Annual report of the Prince of Wales Medical College, Patna
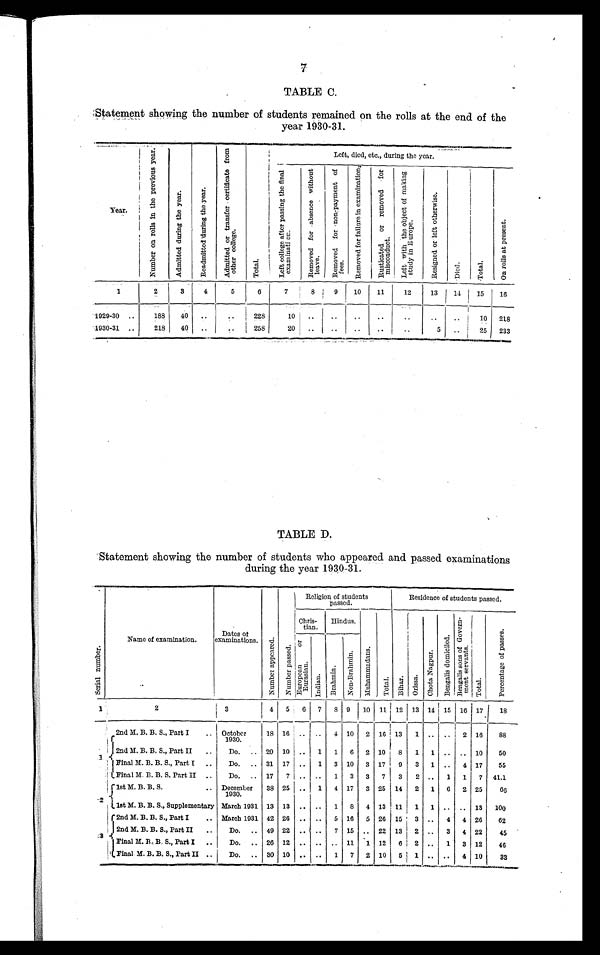
7
TABLE C.
Statement showing the number of students remained on the rolls at the end of the
year 1930-31.
Year.
N u m b e r o n r o l l s i n t h e p r e v i o u s y e a r .
A d m i t t e d d u r i n g t h e y e a r .
R e a d m i t t e d d u r i n g t h e y e a r .
A d m i t t e d o r t r a n s f e r c e r t i f i c a t e f r o m o t h e r c o l l e g e .
T o t a l .
Left, died, etc., during the year.
L e f t c o l l e g e a f t e r p a s s i n g t h e f i n a l e x a m i n a t i o n .
R e m o v e d f o r a b s e n c e w i t h o u t l e a v e .
R e m o v e d f o r n o n - p a y m e n t o f f e e s .
R e m o v e d f o r f a i l u r e i n e x a m i n a t i o n .
R u s t i c a t e d o r r e m o v e d f o r m i s c o n d u c t .
L e f t w i t h t h e o b j e c t o f m a k i n g s t u d y i n E u r o p e .
R e s i g n e d o r l e f t o t h e r w i s e .
D i e d .
T o t a l .
O n r o l l s a t p r e s e n t .
1
2
3
4
5
6
7
8
9
10
11
12
13
14
15
16
1929-30..
188
40 ..
. .
228
1 0
..
..
..
..
..
..
..
1 0
218
1930-31..
218
40 ..
..
258
20
.. ..
..
..
. .
5
..
25 233
TABLE D.
Statement showing the number of students who appeared and passed examinations
during the year 1930-31.
S e r i a l n u m b e r .
Name of examination.
Dates of
examinations.
N u m b e r a p p e a r e d . N u m b e r p a s s e d .
Religion of students
passed.
Residence of students passed.
Chris-
tian.
Hindus.
M u h a m m a d a n s .
T o t a l . B i h a r .
O r i s s a . C h o t a N a g p u r . B e n g a l i s d o m i c i l e d .
B e n g a l i s s o n s o f G o v e r n m e n t s e r v a n t s . T o t a l .
P e r c e n t a g e o f p a s s e s .
E u r o p e a n o r E u r a s i a n .
I n d i a n .
B r a h m i n . N o n - B r a h m i n .
1
2
3
4 5 6 7 8 9 10 11 12 13 14 15 16 17
18
1
2nd M. B. B. S., Part I.. October
1930.
18 16 .. .. 4 10 2 16 13 1 ..
. .
2 16
88
2nd M. B. B. S., Part II..
Do... 20 10 .. 1 1 6 2 10 8 1 1 .. .. 10
50
Final M. B. B. S., Part I..
Do... 31 17 .. 1 3 10 3 17 9 3 1 .. 4 17
55
Final M B. B. S. Part II..
Do... 17 7 .. .. 1 3 3 7 3 2 .. 1 1 7 41.1
2
1st M. B. B. S.. December
1930.
38 25 .. 1 4 17 3 25 14 2 1 6 2 25
66
1st M. B. B. S., Supplementary March 1931 13 13 .. .. 1 8 4 13 11 1 1 .. .. 13 100
3
2nd M. B. B. S., Part I.. March 1931 42 26 .. .. 5 16 5 26 15 3 .. 4 4 26
62
2nd M. B. B. S., Part II..
Do... 49 22 .. .. 7 15 .. 22 13 2 .. 3 4 22
45
F i n a l M . B . B . S . , P a r t I . .
Do... 26 12 .. .. .. 11 1 12 6 2 ..
1 3 12
46
Final M. B. B. S., Part II.. Do... 30 10 .. .. 1 7 2 10 5 1 .. .. 4 10
33